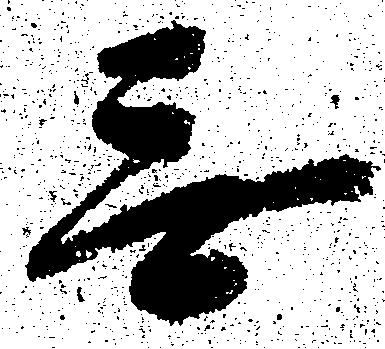
無